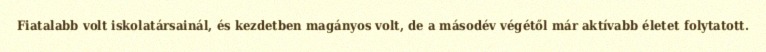
Fiatalabb volt iskolatársainál, és kezdetben magányos volt, de a másodév végétől már aktívabb életet folytatott.